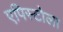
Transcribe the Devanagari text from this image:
एपिस्टोला